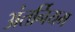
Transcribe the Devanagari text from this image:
अंतर्नियम